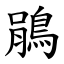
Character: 鵑